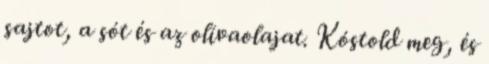
sajtot, a sót és az olívaolajat. Kóstold meg, és